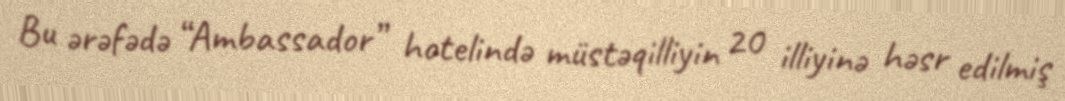
Bu ərəfədə “Ambassador” hotelində müstəqilliyin 20 illiyinə həsr edilmiş